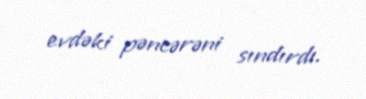
evdəki pəncərəni sındırdı.